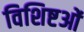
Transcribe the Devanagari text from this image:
विशिष्टओं